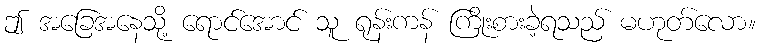
ဤ အခြေအနေသို့ ရောင်အောင် သူ ရုန်းကန် ကြိုးစားခဲ့ရသည် မဟုတ်လော။